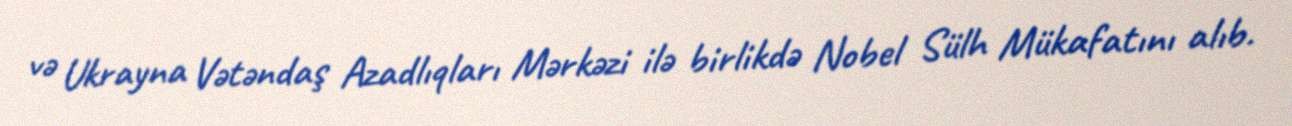
və Ukrayna Vətəndaş Azadlıqları Mərkəzi ilə birlikdə Nobel Sülh Mükafatını alıb.